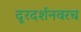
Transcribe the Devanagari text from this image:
दूरदर्शनवरच